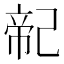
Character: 𢁆